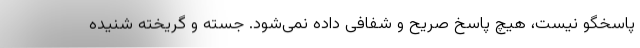
پاسخگو نیست، هیچ پاسخ صریح و شفافی داده نمی‌شود. جسته و گریخته شنیده